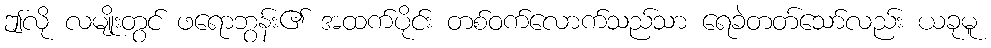
ဤလို လမျိုးတွင် ဖရောဘွန်း၏ အထက်ပိုင်း တစ်ဝက်လောက်သည်သာ ရေခဲတတ်သော်လည်း ယခုမူ